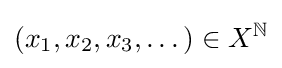
(x_{1},x_{2},x_{3},\dots )\in X^{\mathbb {N} }